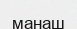
манаш